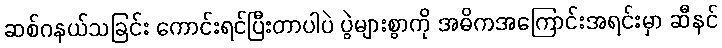
ဆစ်ဂနယ်သခြင်း ကောင်းရင်ပြီးတာပါပဲ ပွဲများစွာကို အဓိကအကြောင်းအရင်းမှာ ဆီနင်